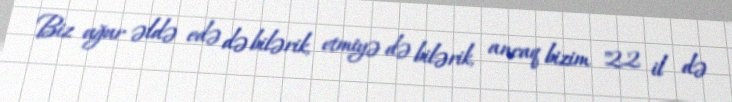
Biz uğur əldə edə də bilərik, etmiyə də bilərik, ancaq bizim "22 il də